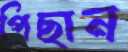
পিছান